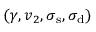
( \gamma , v _ { 2 } , \sigma _ { \mathrm { s } } , \sigma _ { \mathrm { d } } )